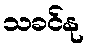
သခင်နု